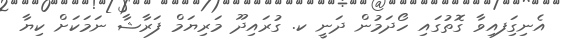
އެނިގިަފއިވާ ގޮތުގައި ހޯދަމުން ދަނީ ކ. ގުރައިދޫ މަރިޔަމް ފަރާޝާ ނަމަކަށް ކިޔާ